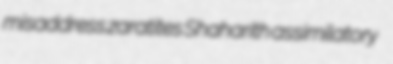
misaddress zaratites Shaharith assimilatory